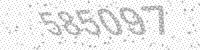
Solution: 585097